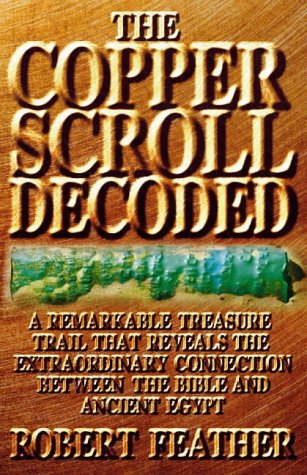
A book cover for The Copper Scroll Decoded: One Man's Search for the Fabulous Treasure of Ancient Egypt; Robert Feather; Religion & Spirituality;